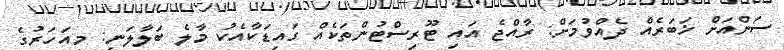
ސަންއަށް ޚަބަރެއް ދެއްވުމަށް: ރާއްޖެ އައި ޓޫރިސްޓުންތަކެއް ގައިޑަކާއެކު މާލެ ބަލާލަނީ: މިއަހަރުގެ